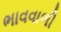
ભાવવાળી